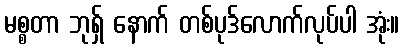
မစ္စတာ ဘုရှ် နောက် တစ်ပုဒ်လောက်လုပ်ပါ အုံး။